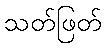
သတ်ဖြတ်